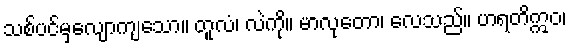
သစ်ပင်မှလျောကျသော။ တူလံ၊ လဲကို။ မာလုတော၊ လေသည်။ ဟရတိဣဝ၊